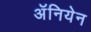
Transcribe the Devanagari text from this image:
अॅनियेन